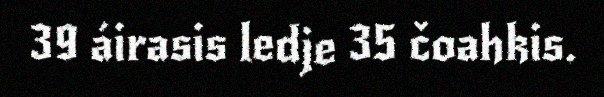
39 áirasis ledje 35 čoahkis.